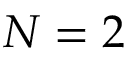
N = 2